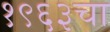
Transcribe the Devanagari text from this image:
१९६३चा